Lunatic asylums in Bengal annual reports 1912-1924 - 1912-1924
Year: 1912
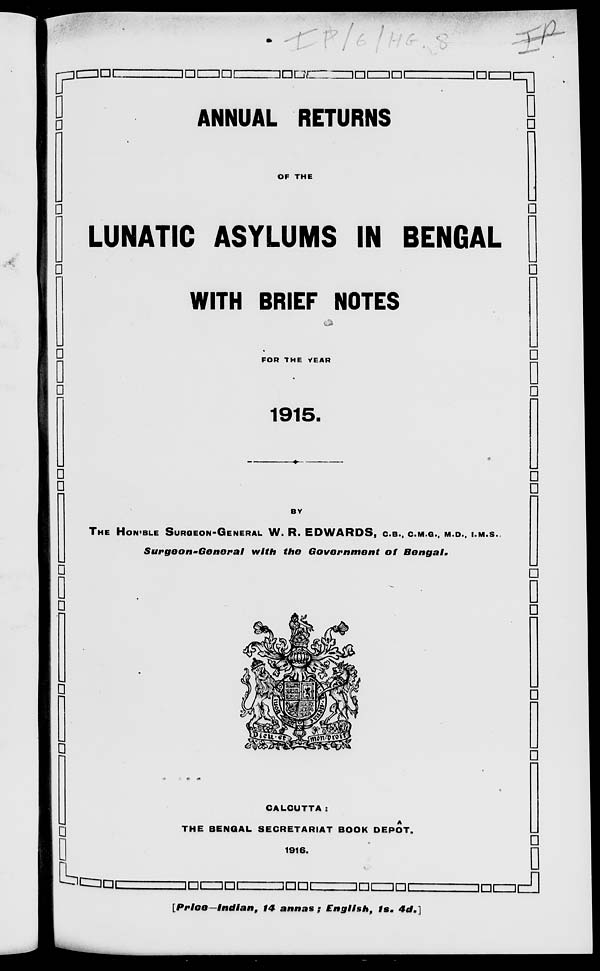
ANNUAL RETURNS
OF THE
LUNATIC ASYLUMS IN BENGAL
WITH BRIEF NOTES
FOR THE YEAR
1915.
BY
THE HON'BLE SURGEON-GENERAL W. R. EDWARDS, C.B., C.M.G., M.D., I.M.S.
Surgeon-General
with the Government
of
Bengal.
CALCUTTA:
THE BENGAL SECRETARIAT BOOK DEPÔT.
1916.
[Price—Indian, 14 annas; English, 1s. 4d.]